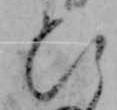
ひ